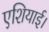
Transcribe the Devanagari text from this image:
एशियाई।